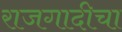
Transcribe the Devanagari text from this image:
राजगादीचा